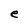
Character: e